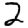
Digit: 2